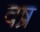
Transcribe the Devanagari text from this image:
वष्र